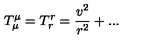
T _ { \mu } ^ { \mu } = T _ { r } ^ { r } = { \frac { v ^ { 2 } } { r ^ { 2 } } } + . . .